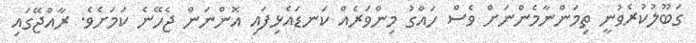
ގަބޫލުކުރެވުނީ ތިމަންނާމެންނަށް ވެސް ހައްގު މިންވަރެއް ކަނޑައެޅިފައި އޮންނަން ޖެހޭނެ ކަމަށެވެ. ރާއްޖޭގައި